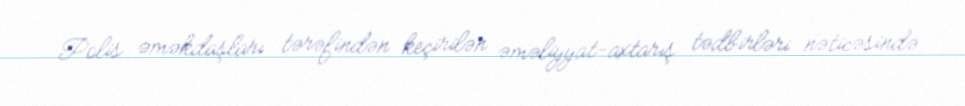
Polis əməkdaşları tərəfindən keçirilən əməliyyat-axtarış tədbirləri nəticəsində